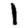
Digit: 1